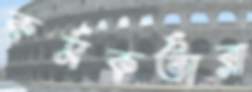
কর্মকর্তারা